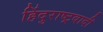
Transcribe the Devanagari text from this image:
हिंदुराष्ट्रवादी